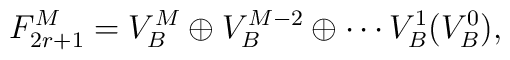
F_{2r+1}^M=V_B^M\oplus V_B^{M-2}\oplus\cdots V_B^1 (V_B^0),